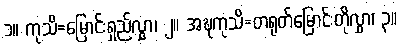
၁။ ကုသိ=မြောင်းရှည်လွှာ၊ ၂။ အဍ္ဎကုသိ=တရုတ်မြောင်းတိုလွှာ၊ ၃။